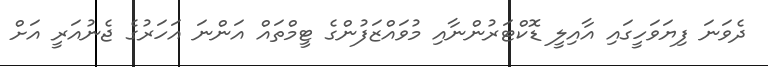
ދެވަނަ ފިޔަވަހީގައި އާއިލީ ޑޮކްޓަރުންނާއި މުވައްޒަފުންގެ ޓީމްތައް އަންނަ އަހަރުގެ ޖެނުއަރީ އަށް